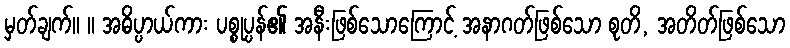
မှတ်ချက်။ ။ အဓိပ္ပာယ်ကား ပစ္စုပ္ပန်၏ အနီးဖြစ်သောကြောင့် အနာဂတ်ဖြစ်သော စုတိ, အတိတ်ဖြစ်သော